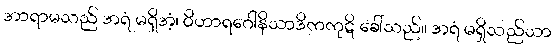
အာရာမသည် အရံ မရှိအံ့၊ ဝိဟာရဂေါနိသာဒိကကုဋိ ခေါ်သည်။ အရံ မရှိသည်သာ